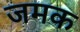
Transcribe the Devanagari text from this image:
जमक